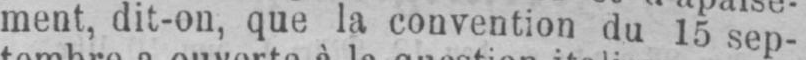
ment, dit-on, que la convention du 15 sep-